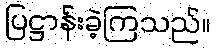
ပြဋ္ဌာန်းခဲ့ကြသည်။